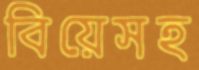
বিয়েসহ